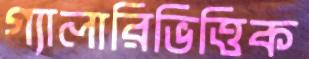
গ্যালারিভিত্তিক